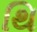
થિ